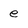
Character: e